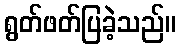
ရွတ်ဖတ်ပြခဲ့သည်။